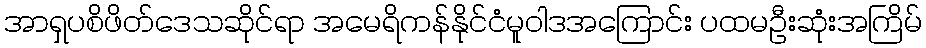
အာရှပစိဖိတ်ဒေသဆိုင်ရာ အမေရိကန်နိုင်ငံမူဝါဒအကြောင်း ပထမဦးဆုံးအကြိမ်